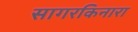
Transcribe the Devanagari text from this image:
सागरकिनारा